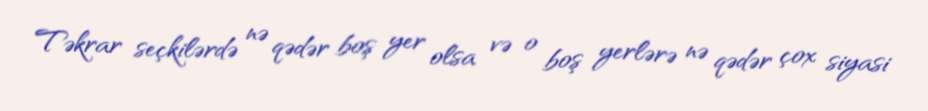
Təkrar seçkilərdə nə qədər boş yer olsa və o boş yerlərə nə qədər çox siyasi